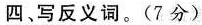
四、写反义词。(7分)